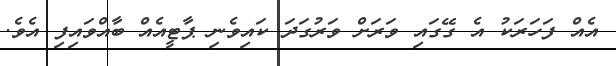
އެއް ފަހަރަކު އެ ގޭގައި ވަރަށް ވަރުގަދަ ކައިވެނި ޕާޓީއެއް ބާއްވައިފި އެވެ.